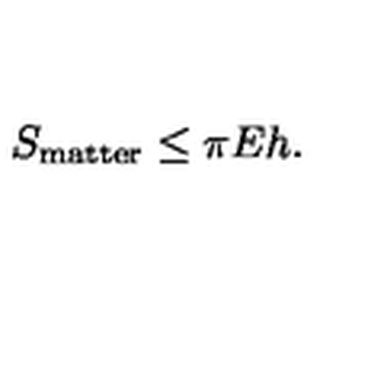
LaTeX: S _ { \mathrm { m a t t e r } } \leq \pi E h .